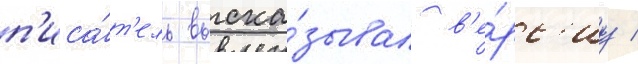
п'иса́т'ель выска́зывал в'е́рс'иу /